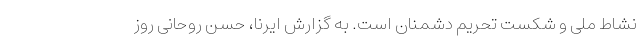
نشاط ملی و شکست تحریم دشمنان است. به گزارش ایرنا، حسن روحانی روز